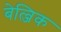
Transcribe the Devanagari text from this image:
बेल्जिक